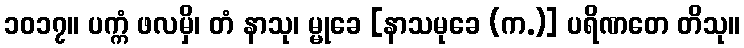
၁၀၁၇။ ပက္ကံ ဖလမှိ၊ တံ နာသု၊ မ္မုခေ [နာသမုခေ (က.)] ပရိဏတေ တိသု။